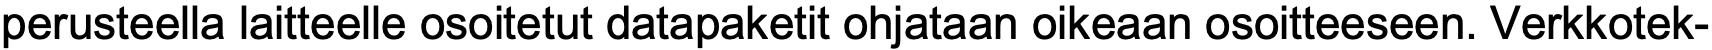
perusteella laitteelle osoitetut datapaketit ohjataan oikeaan osoitteeseen. Verkkotek-